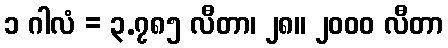
၁ ဂါလံ = ၃.၇၈၅ လီတာ၊ ၂၈။ ၂၀၀၀ လီတာ